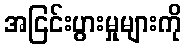
အငြင်းပွားမှုများကို